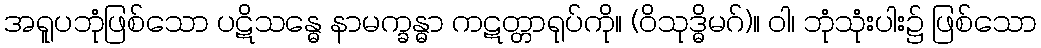
အရူပဘုံဖြစ်သော ပဋိသန္ဓေ နာမက္ခန္ဓာ ကဋတ္တာရုပ်ကို။ (ဝိသုဒ္ဓိမဂ်)။ ဝါ၊ ဘုံသုံးပါး၌ ဖြစ်သော